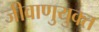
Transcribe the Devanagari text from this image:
जीवाणुयुक्त